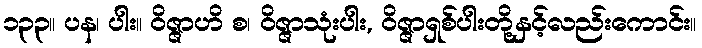
၁၃၃။ ပန၊ ပါး။ ဝိဇ္ဇာဟိ စ၊ ဝိဇ္ဇာသုံးပါး, ဝိဇ္ဇာရှစ်ပါးတို့နှင့်လည်းကောင်း။